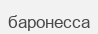
баронесса